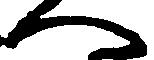
へ